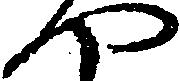
や